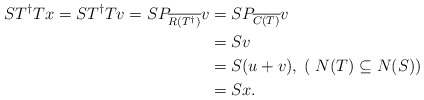
\begin{align*}ST^\dagger Tx = ST^\dagger Tv =SP_{\overline{R(T^\dagger)}}v &=SP_{\overline{C(T)}}v \\ &=Sv \\ &=S(u+v), \;(\; N(T)\subseteq N(S)) \\ &=Sx.\end{align*}